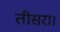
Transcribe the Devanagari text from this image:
तीसरा।